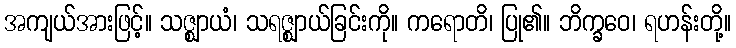
အကျယ်အားဖြင့်။ သဇ္ဈာယံ၊ သရဇ္ဈာယ်ခြင်းကို။ ကရောတိ၊ ပြု၏။ ဘိက္ခဝေ၊ ရဟန်းတို့။